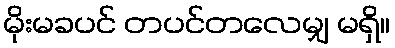
မိုးမခပင် တပင်တလေမျှ မရှိ။